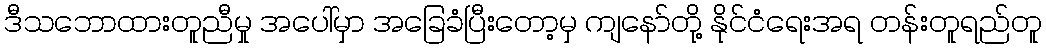
ဒီသဘောထားတူညီမှု အပေါ်မှာ အခြေခံပြီးတော့မှ ကျနော်တို့ နိုင်ငံရေးအရ တန်းတူရည်တူ